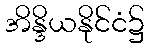
အိန္ဒိယနိုင်ငံ၌